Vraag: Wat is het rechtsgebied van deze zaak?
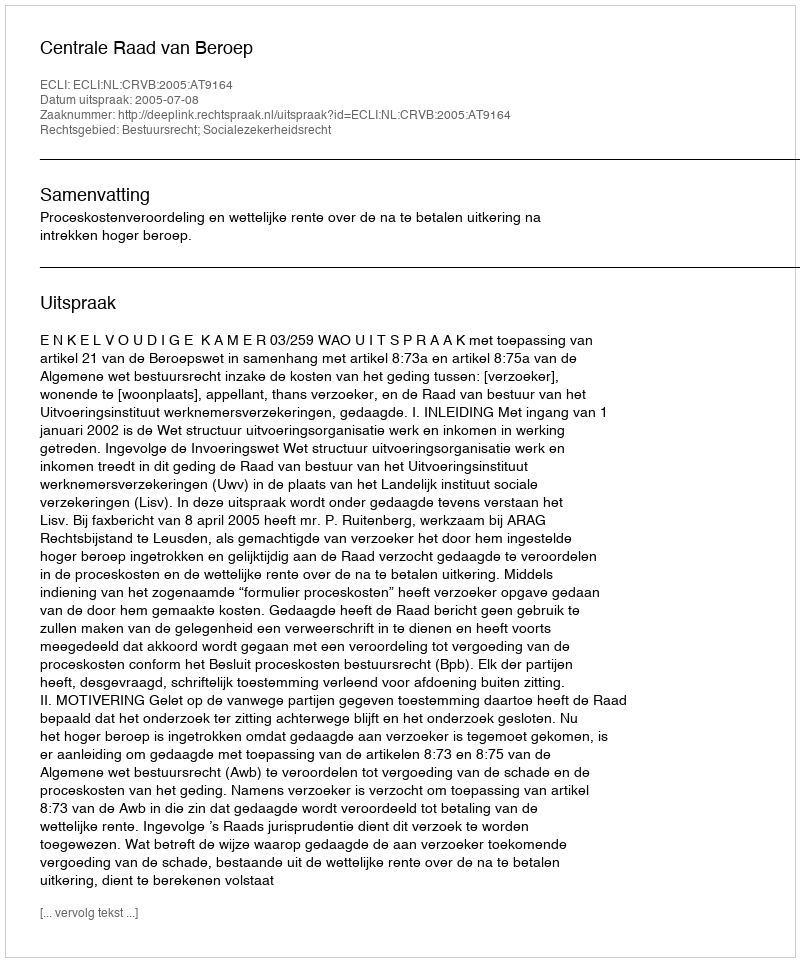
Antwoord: Bestuursrecht; Socialezekerheidsrecht